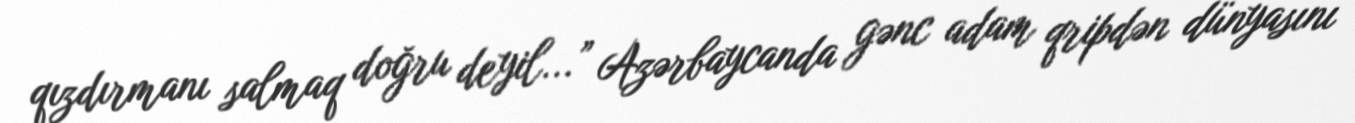
qızdırmanı salmaq doğru deyil...” Azərbaycanda gənc adam qripdən dünyasını